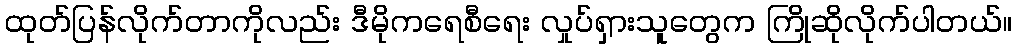
ထုတ်ပြန်လိုက်တာကိုလည်း ဒီမိုကရေစီရေး လှုပ်ရှားသူတွေက ကြိုဆိုလိုက်ပါတယ်။